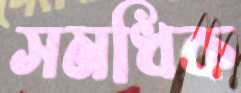
সমধিক